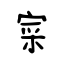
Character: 寀